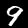
Label: 9